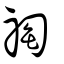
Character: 祹